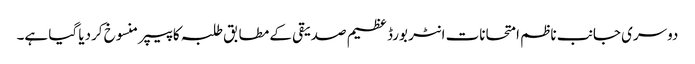
‎دوسری جانب ناظم امتحانات انٹر بورڈ عظیم صدیقی کے مطابق طلبہ کا پیپر منسوخ کردیا گیا ہے۔